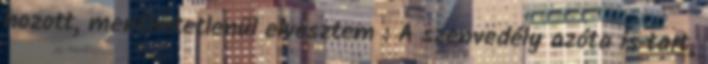
hozott, menthetetlenül elvesztem : A szenvedély azóta is tart,